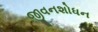
જીવનશોધન